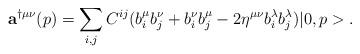
LaTeX: \begin{align*}{\bf a}^{\dag\mu\nu}(p)=\sum_{i,j} C^{ij} (b^{\mu}_i b^{\nu}_j + b^{\nu}_ib^{\mu}_j-2\eta^{\mu\nu}b^{\lambda}_i b^{\lambda}_j)|0,p>.\end{align*}